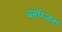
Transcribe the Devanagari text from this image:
ब्लॉग्जना